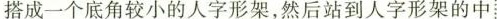
搭成一个底角较小的人字形架，然后站到人字形架的中